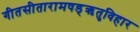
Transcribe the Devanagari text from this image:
गीतसीतारामषड्ऋतुविहार